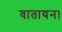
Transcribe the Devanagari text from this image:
वातायन।